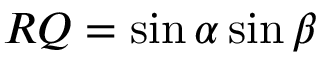
R Q = \sin \alpha \sin \beta